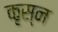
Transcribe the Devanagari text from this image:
कृस्न